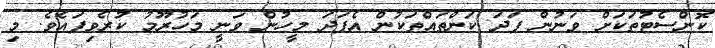
ކޮންސެޓުތަކަށް ވަނުން ފަދަ ކަންތައްތަކުން އެފަދަ މީހުން ވަނީ މަހުރޫމު ކުރެވިފައެވެ. މި